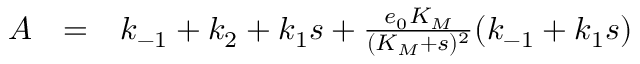
\begin{array} { r c l } { A } & { = } & { k _ { - 1 } + k _ { 2 } + k _ { 1 } s + \frac { e _ { 0 } K _ { M } } { ( K _ { M } + s ) ^ { 2 } } ( k _ { - 1 } + k _ { 1 } s ) } \end{array}